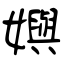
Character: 嬩